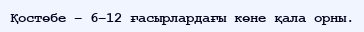
Қостөбе – 6–12 ғасырлардағы көне қала орны.